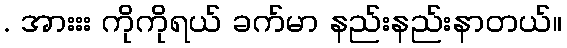
. အားးး ကိုကိုရယ် ခက်မာ နည်းနည်းနာတယ်။